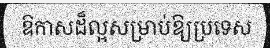
ឱកាសដ៏ល្អសម្រាប់ឱ្យប្រទេស